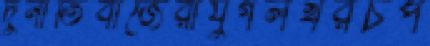
দুর্নীতিবাজেরাযুগলখরচপ